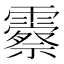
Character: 𬰓